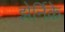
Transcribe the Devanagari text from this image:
झेर्निके